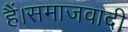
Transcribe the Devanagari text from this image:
हैं।समाजवादी